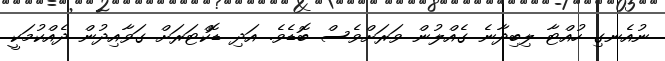
ނުއެނގި ހުއްޓާ ލިބިދާނެ ގެއްލުން ވަރަށްވެސް ބޮޑެވެ. އަދި ޑޮކްޓަރަށް ގަވާއިދުން ދެއްކުމަކީ